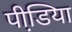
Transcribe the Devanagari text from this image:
पीडि़या